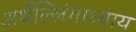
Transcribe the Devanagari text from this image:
अर्थल्लिंगाध्याय